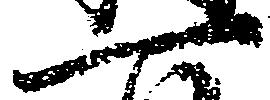
一